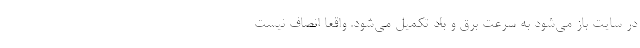
در سایت باز می‌شود به سرعت برق و باد تکمیل می‌شود. واقعا انصاف نیست